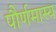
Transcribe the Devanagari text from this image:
पौर्णमास्य